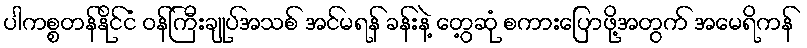
ပါကစ္စတန်နိုင်ငံ ဝန်ကြီးချုပ်အသစ် အင်မရန် ခန်းနဲ့ တွေ့ဆုံ စကားပြောဖို့အတွက် အမေရိကန်